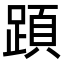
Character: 𨂠